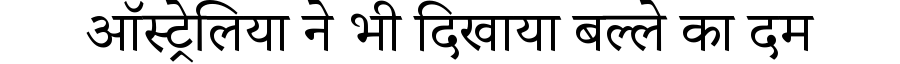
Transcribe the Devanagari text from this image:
ऑस्ट्रेलिया ने भी दिखाया बल्ले का दम